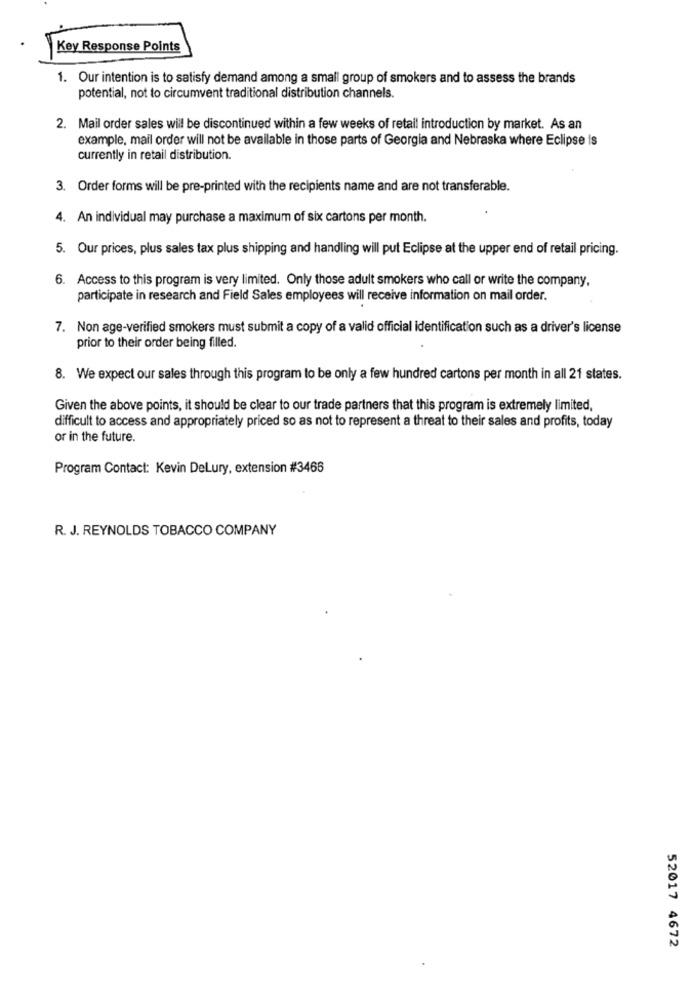
Key Response Points
1. Our intention is to satisfy demand among a small group of smokers and to assess the brands
potential, not to circumvent traditional distribution channels.
2. Mail order sales will be discontinued within a few weeks of retail introduction by market. As an
example, mail order will not be available in those parts of Georgia and Nebraska where Eclipse is
currently in retail distribution.
3. Order forms will be pre-printed with the recipients name and are not transferable.
4. An individual may purchase a maximum of six cartons per month.
5. Our prices, plus sales tax plus shipping and handling will put Eclipse at the upper end of retail pricing.
6. Access to this program is very limited. Only those adult smokers who call or write the company,
participate in research and Field Sales employees will receive information on mail order.
7. Non age-verified smokers must submit a copy of a valid official identification such as a driver's license
prior to their order being filled.
8. We expect our sales through this program to be only a few hundred cartons per month in all 21 states.
Given the above points, it should be clear to our trade partners that this program is extremely limited,
difficult to access and appropriately priced so as not to represent a threat to their sales and profits, today
or in the future.
Program Contact: Kevin Delury, extension #3466
R. J. REYNOLDS TOBACCO COMPANY
52017 4672